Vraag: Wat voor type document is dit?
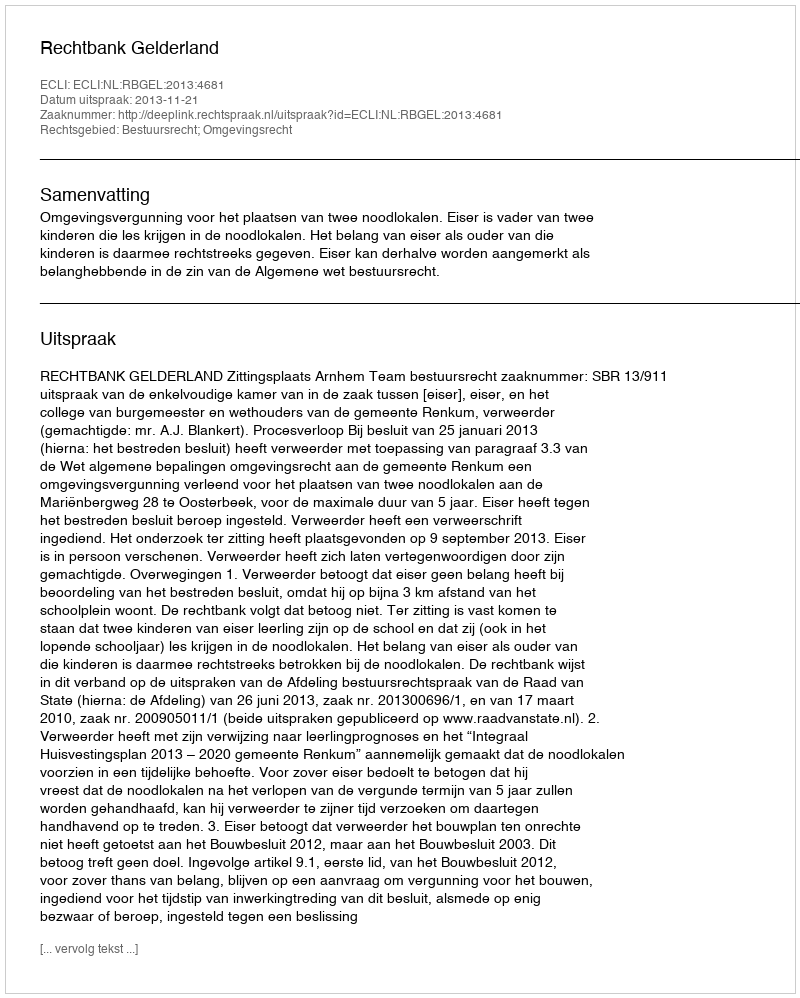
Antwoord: Uitspraak